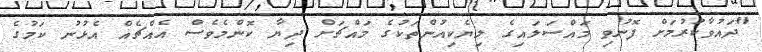
"ދައުވާކުރުމަށް ފޮނުވި މައްސަލައިގެ ލިޔެކިއުންތަކުގެ މައްޗަށް ދިޔާ ކޮންމެވެސް އެއްޗެއް އެޅުނު ކަމުގެ